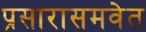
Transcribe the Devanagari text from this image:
प्रसारासमवेत